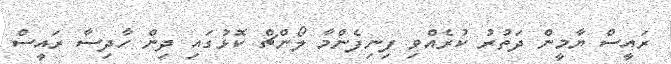
ރައީސް ޔާމީން ދަތުރު ކުރެއްވި ފިނިފެންމާ ލޯންޗް ކޮޅުގައި ދިން ހާދިސާ ރައީސް